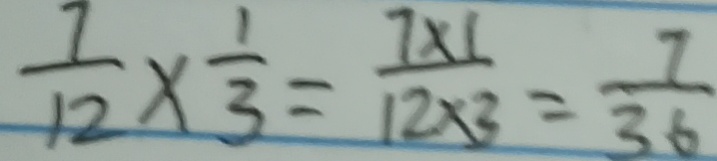
\frac { 7 } { 1 2 } \times \frac { 1 } { 3 } = \frac { 7 \times 1 } { 1 2 \times 3 } = \frac { 7 } { 3 6 }